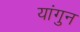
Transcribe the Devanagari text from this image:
यांगुन